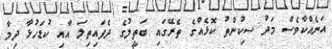
އަނެއްކާވެސް މަދު ސިކުންތު ކޮޅެއްގެ ތެރޭގައި ބަތީލުގެ ދެފައިތިލަ އާއި ކުޑަހުޅާ ދިމާ